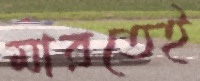
মারতেই